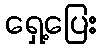
ရှေ့ပြေး